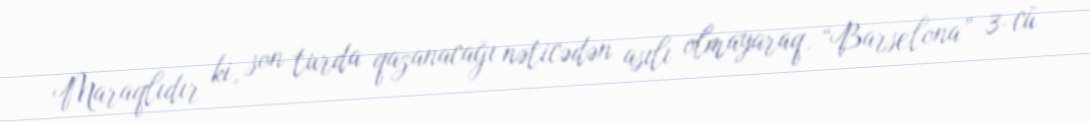
Maraqlıdır ki, son turda qazanacağı nəticədən asılı olmayaraq, “Barselona” 3-cü